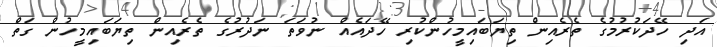
އަދި ހޭދަކުރުމުގެ ތެރެއިން ތިޔަބައިމީހުންކުރި ހޭދައެއް ނުވަތަ ނަދުރުގެ ތެރެއިން ތިޔަބައިމީހުން ގަތް